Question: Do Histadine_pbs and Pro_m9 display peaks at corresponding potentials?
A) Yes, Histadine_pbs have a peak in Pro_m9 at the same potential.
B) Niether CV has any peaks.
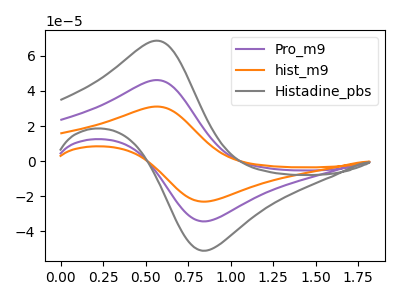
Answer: <think>The purple curve "Pro_m9" has an anodic peak at (0.55V, 46.20uA) and a cathodic peak at (0.85V, -34.40uA). The orange curve "hist_m9" has an anodic peak at (0.55V, 92.45uA) and a cathodic peak at (0.85V, -68.75uA). The gray curve "Histadine_pbs" has an anodic peak at (0.55V, 68.70uA) and a cathodic peak at (0.85V, -51.10uA).</think>
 <answer>A) Yes, "Histadine_pbs" have a peak in "Pro_m9" at the same potential.</answer>
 <eval>A</eval>